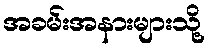
အခမ်းအနားများသို့